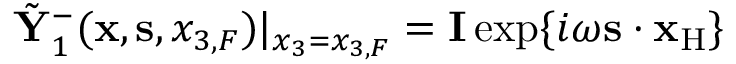
\tilde { \bf Y } _ { 1 } ^ { - } ( { { \bf x } } , { { \bf s } } , { x _ { 3 , F } } ) | _ { x _ { 3 } = { x _ { 3 , F } } } = { \bf I } \exp \{ i \omega { { \bf s } } \cdot { { \bf x } _ { \mathrm { H } } } \}